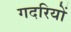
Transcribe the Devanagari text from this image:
गदरियों